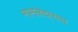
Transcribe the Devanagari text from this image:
मामलेदारास